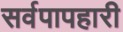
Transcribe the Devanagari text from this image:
सर्वपापहारी